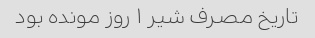
تاریخ مصرف شیر ۱ روز مونده بود